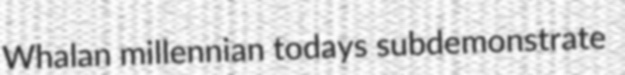
Whalan millennian todays subdemonstrate